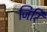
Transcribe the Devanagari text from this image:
जिरि